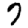
Digit: 7